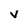
Character: v